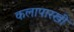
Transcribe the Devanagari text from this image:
कलापारखी